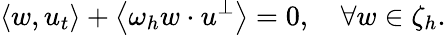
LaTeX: \left\langle w,u_{t}\right\rangle+\left\langle\omega_{h}w\cdot u^{\perp}\right\rangle=0,\quad\forall w\in\zeta_{h}.